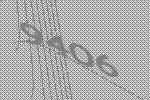
9406